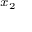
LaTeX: \scriptstyle x _ { 2 }